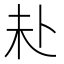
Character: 𪟾